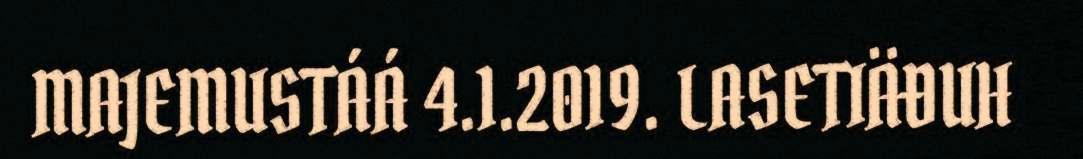
MAJEMUSTÁÁ 4.1.2019. LASETIÄĐUH